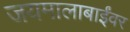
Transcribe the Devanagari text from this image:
जयमालाबाईंवर